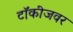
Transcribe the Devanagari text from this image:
टॉकीजवर